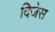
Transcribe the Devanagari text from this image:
दिजेस